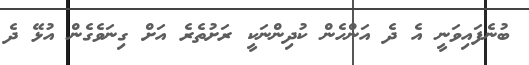
ބުނެފައިވަނީ އެ ދެ އަންހެން ކުދިންނަކީ ރަށުތެރެ އަށް ގިނަވެގެން އުޅޭ ދެ